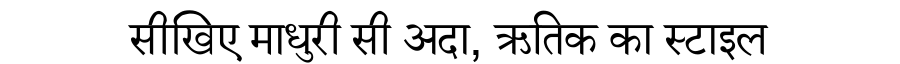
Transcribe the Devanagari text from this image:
सीखिए माधुरी सी अदा, ऋतिक का स्टाइल